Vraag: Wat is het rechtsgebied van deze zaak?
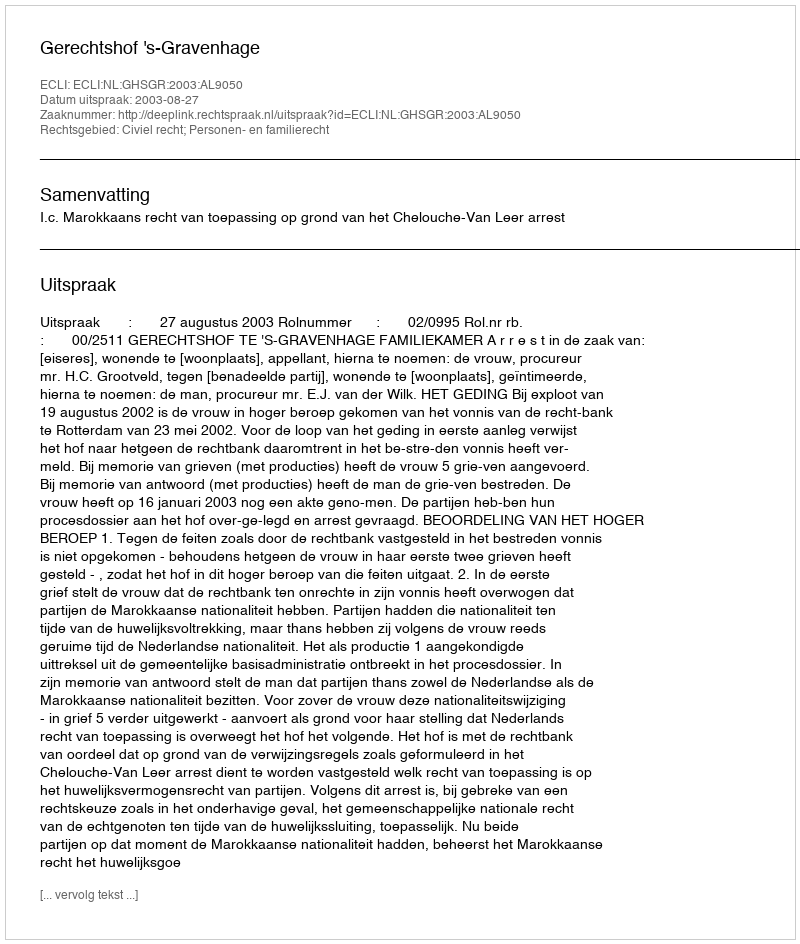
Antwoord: Civiel recht; Personen- en familierecht